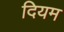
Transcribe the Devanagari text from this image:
दियम